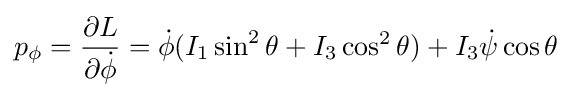
p_{\phi }={\frac {\partial L}{\partial {\dot {\phi }}}}={\dot {\phi }}(I_{1}\sin ^{2}\theta +I_{3}\cos ^{2}\theta )+I_{3}{\dot {\psi }}\cos \theta